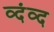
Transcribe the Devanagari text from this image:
व्दंव्द